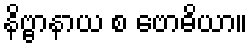
နိဗ္ဗာနာယ စ ဗောဓိယာ။